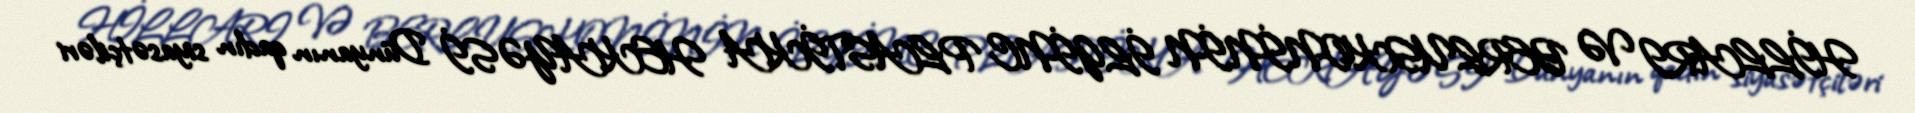
HİLLARI VƏ BERLUSKONİNİN İLGİNC PLASTİKA HEKAYƏSİ Dünyanın qadın siyasətçiləri